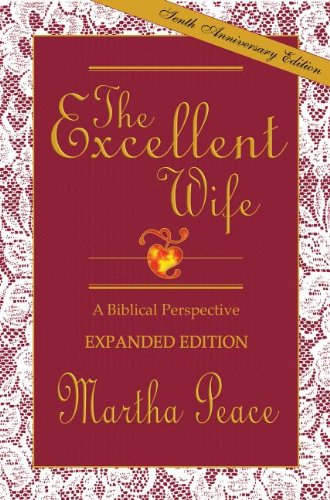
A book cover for The Excellent Wife: A Biblical Perspective; Martha Peace; Christian Books & Bibles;